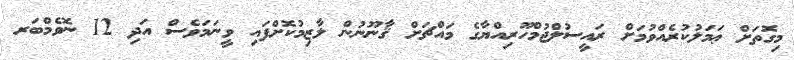
މިގޮތަށް ޢަމަލުކުރެއްވުމަށް ރައީސުލްޖުމްހޫރިއްޔާގެ މައްޗަށް ޤާނޫނުން ލާޒިމުކޮށްފައި ވީނަމަވެސް އަދި 12 ނޮވެމްބަރ